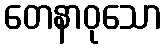
တေနာဝုသော